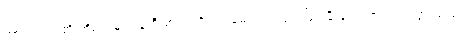
ကားလ်ဗတ်တို့ အိမ်ကမူ ယန်ကီ စာရင်းဒိုင်က မေတ္တာရပ်ခံသဖြင့် မီးဘေးက လွတ်သွားသည်။